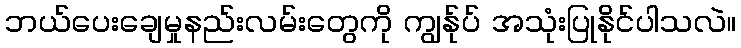
ဘယ်ပေးချေမှုနည်းလမ်းတွေကို ကျွန်ုပ် အသုံးပြုနိုင်ပါသလဲ။